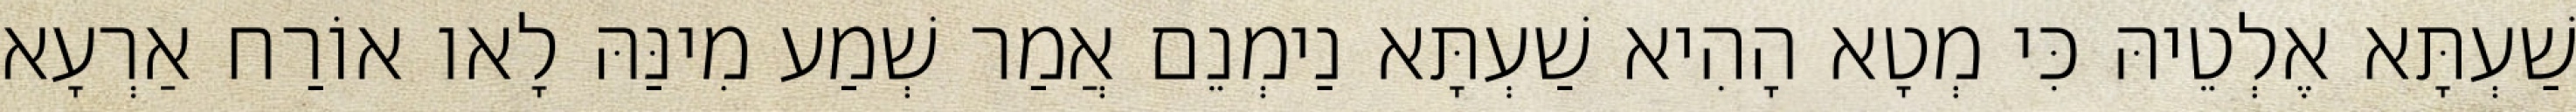
שַׁעְתָּא אֶלְטֵיהּ כִּי מְטָא הָהִיא שַׁעְתָּא נַימְנֵם אֲמַר שְׁמַע מִינַּהּ לָאו אוֹרַח אַרְעָא